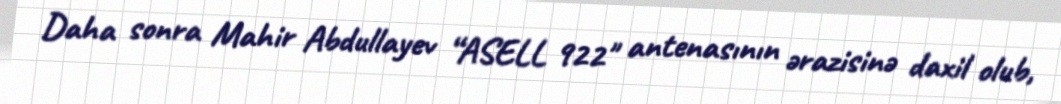
Daha sonra Mahir Abdullayev “ASELL 922" antenasının ərazisinə daxil olub,